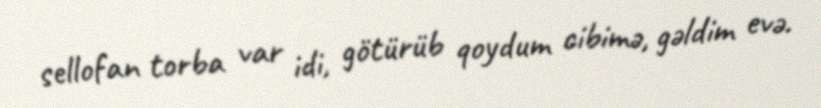
sellofan torba var idi, götürüb qoydum cibimə, gəldim evə.